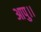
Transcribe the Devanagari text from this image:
आपु।।